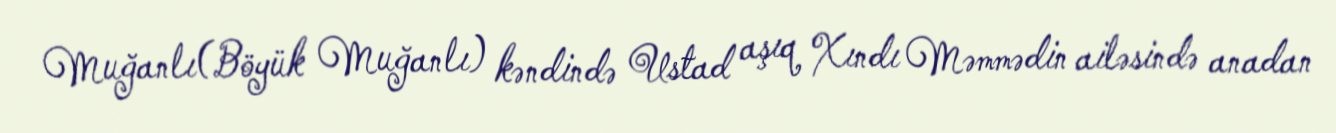
Muğanlı(Böyük Muğanlı) kəndində Ustad aşıq Xındı Məmmədin ailəsində anadan